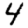
Digit: 4